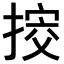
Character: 𢯴